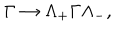
\Gamma \to \Lambda _ { + } \Gamma \Lambda _ { - } ^ { } ,